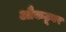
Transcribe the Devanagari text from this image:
औकटूबर